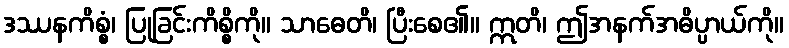
ဒဿနကိစ္စံ၊ ပြုခြင်းကိစ္စိကို။ သာဓေတိ၊ ပြီးစေ၏။ ဣတိ၊ ဤအနက်အဓိပ္ပာယ်ကို။